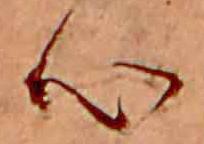
心